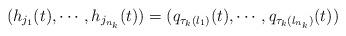
LaTeX: \begin{align*}(h_{j_1}(t), \cdots, h_{j_{n_k}}(t)) = (q_{\tau_k(l_1)}(t), \cdots, q_{\tau_k(l_{n_k})}(t))\end{align*}